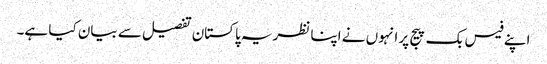
اپنے فیس بک پیج پر انہوں نے اپنا نظریہ پاکستان تفصیل سے بیان کیا ہے۔